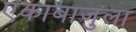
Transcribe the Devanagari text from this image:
एकाबाजुला